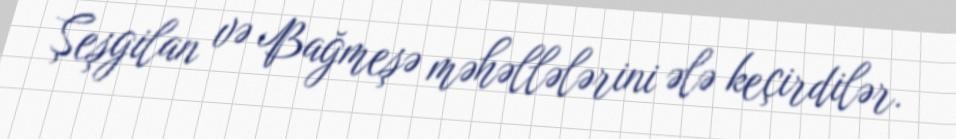
Şeşgilan və Bağmeşə məhəllələrini ələ keçirdilər.